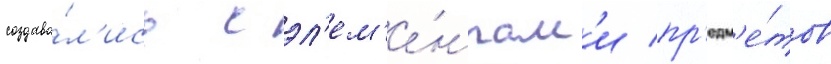
создава́л'ись с эл'ем'е́нтам'и пр'едм'е́тов